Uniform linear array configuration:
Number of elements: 16
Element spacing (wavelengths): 0.75
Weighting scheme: uniform
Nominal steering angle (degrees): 15
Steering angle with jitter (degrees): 13.641
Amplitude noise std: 0.05
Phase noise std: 0.05

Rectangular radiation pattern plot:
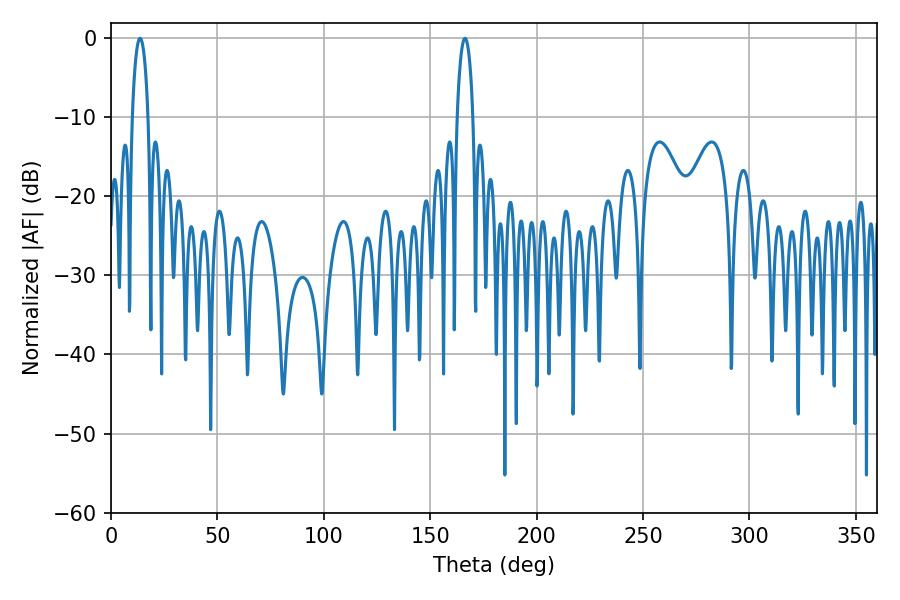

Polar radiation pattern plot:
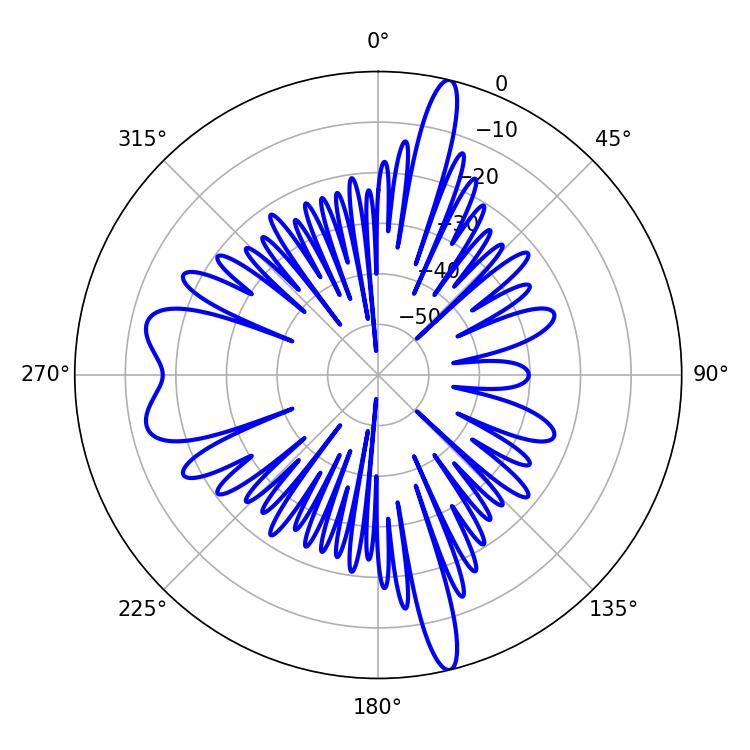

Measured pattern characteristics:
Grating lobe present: TRUE
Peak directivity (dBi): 21.069
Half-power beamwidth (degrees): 4.32
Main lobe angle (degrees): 13.68